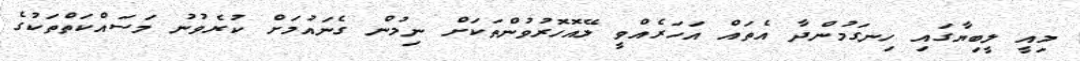
މިއީ ލީބިޔާގައި ހިނގަމުންދާ އެތައް އަހަރެއްވީ ލޭއޮހޮރުވުންތަކަށް ނިމުން ގެނައުމަށް ކުރެވުނު މަސައްކަތްތަކުގެ